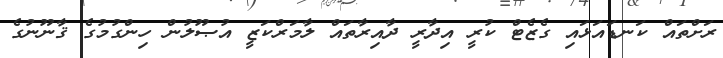
ރަށްތައް ކަނޑައަޅައި ގެޒެޓް ކުރީ އިދާރީ ދާއިރާތައް ލާމަރްކަޒީ އުޞޫލުން ހިންގުމުގެ ޤާނޫނުގެ